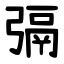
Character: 㣂